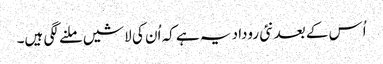
اُس کے بعد نئی روداد یہ ہے کہ اُن کی لاشیں ملنے لگی ہیں۔